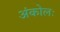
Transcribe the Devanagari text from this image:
अंकोलः